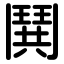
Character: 鬨